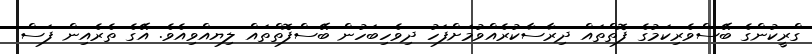
ގްރީކުންގެ ބޭސްވެރިކަމުގެ ފޮތްތައް ދިރާސާކުރެއްވުމަށްފަހު ދިވެހިބަހުން ބޭސްފޮތްތައް ލިޔއްވިއެވެ. އޭގެ ތެރެއިން ފަސް